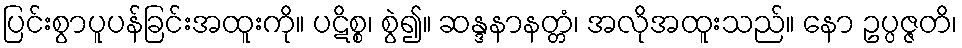
ပြင်းစွာပူပန်ခြင်းအထူးကို။ ပဋိစ္စ၊ စွဲ၍။ ဆန္ဒနာနတ္တံ၊ အလိုအထူးသည်။ နော ဥပ္ပဇ္ဇတိ၊